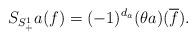
LaTeX: \begin{align*}S_{S^1_+}a(f)=(-1)^{d_a}(\theta a)(\overline{f}). \end{align*}